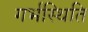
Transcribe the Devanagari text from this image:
गर्भस्थिति